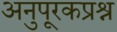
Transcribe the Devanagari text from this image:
अनुपूरकप्रश्न